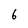
Character: 6